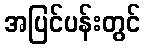
အပြင်ပန်းတွင်